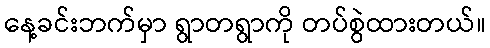
နေ့ခင်းဘက်မှာ ရွာတရွာကို တပ်စွဲထားတယ်။